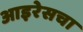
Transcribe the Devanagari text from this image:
आइरेसचा